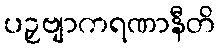
ပဉှဗျာကရဏာနီတိ